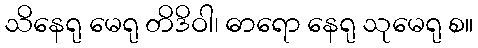
သိနေရု မေရု တိဒိဝါ၊ ဓာရော နေရု သုမေရု စ။